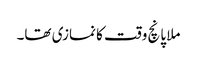
ملا پانچ وقت کا نمازی تھا۔